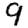
Digit: 9